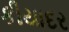
કીયાદર